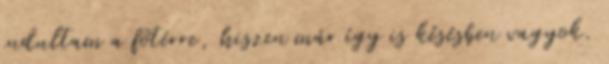
indultam a főtérre, hiszen már így is késésben vagyok.